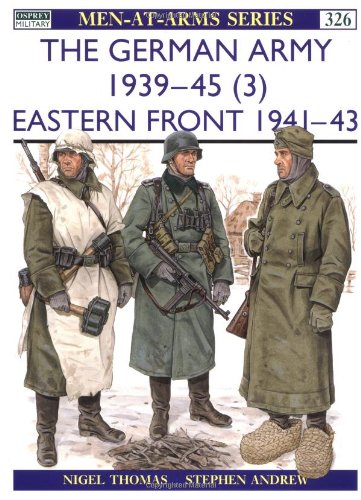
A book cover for The German Army 1939-45 (3): Eastern Front 1941-43 (Men-at-Arms) (v. 3); Nigel Thomas; History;